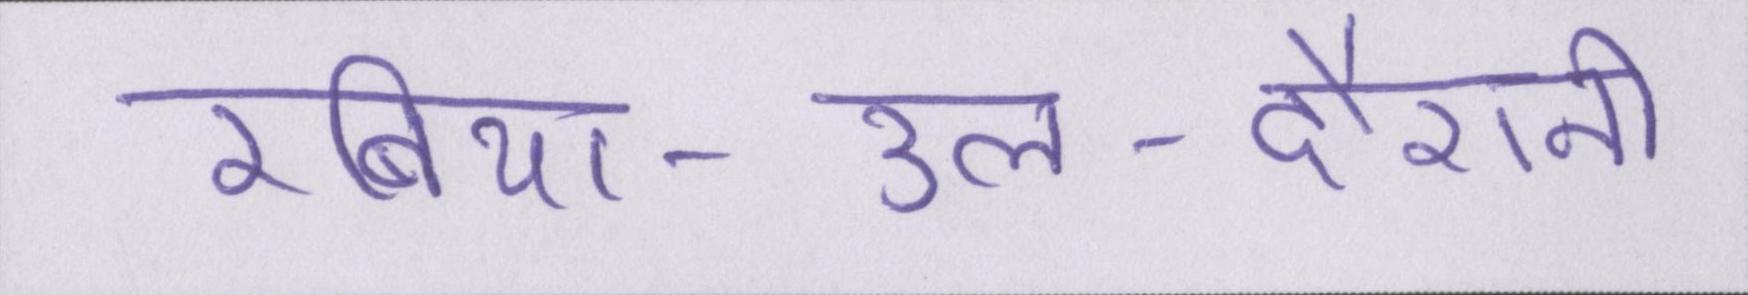
रबिया-उल-दौरानी